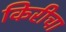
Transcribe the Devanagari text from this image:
किरीचा